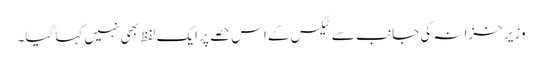
وزیر خزانہ کی جانب سے ٹیکس کے اس حصے پر ایک لفظ بھی نہیں کہا گیا۔